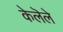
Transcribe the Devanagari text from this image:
केलॆले